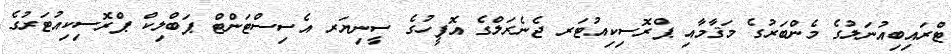
ޓްރައިބިއުނަލުގެ މެންބަރުގެ މަޤާމާއި ޕްރޮސިކިއުޓަރ ޖެނެރަލްގެ އޮފީހުގެ ސީނިޔަރ އެސިސްޓަންޓް ޕަބްލިކް ޕްރޮސިކިއުޓަރުގެ